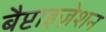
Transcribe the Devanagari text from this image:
बैप्टाइज़ेशन